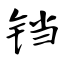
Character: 铛